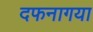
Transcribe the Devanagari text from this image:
दफनागया